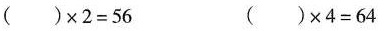
( )\times 2 =56 ( )\times 4 =64